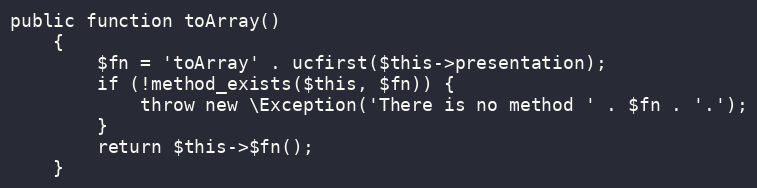
Language: PHP
public function toArray()
    {
        $fn = 'toArray' . ucfirst($this->presentation);
        if (!method_exists($this, $fn)) {
            throw new \Exception('There is no method ' . $fn . '.');
        }
        return $this->$fn();
    }